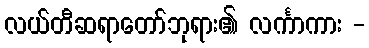
လယ်တီဆရာတော်ဘုရား၏ လင်္ကာကား -